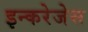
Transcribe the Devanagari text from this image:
इन्करेजेस